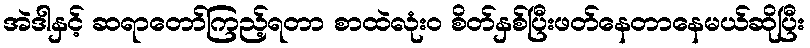
အဲဒါနှင့် ဆရာတော်ကြည့်ရတာ စာထဲလုံး၀ စိတ်နှစ်ပြီးဖတ်နေတာနေမယ်ဆိုပြီး